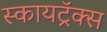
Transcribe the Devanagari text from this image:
स्कायट्रॅक्स